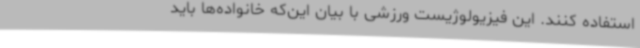
استفاده کنند. این فیزیولوژیست ورزشی با بیان این‌که خانواده‌ها باید